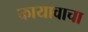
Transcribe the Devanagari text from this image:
कायावाचा